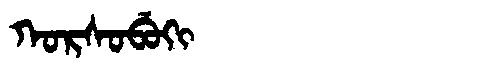
Manchu: ᡴᠣᡵᠰᠣᠪᡠᡴᡳ
Romanization: KORSOBUKI